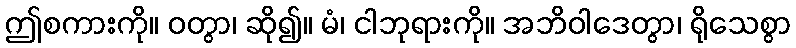
ဤစကားကို။ ဝတွာ၊ ဆို၍။ မံ၊ ငါဘုရားကို။ အဘိဝါဒေတွာ၊ ရိုသေစွာ